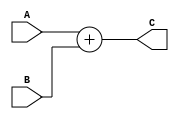
module Adder (
    input wire [31:0] A,B,
    output reg [31:0] C
);
always @(*) begin
    C=A+B;
    
end
    
endmodule